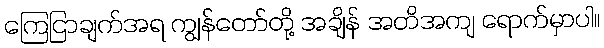
ကြေငြာချက်အရ ကျွန်တော်တို့ အချိန် အတိအကျ ရောက်မှာပါ။